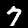
Label: 7